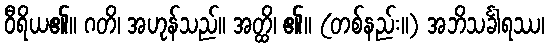
ဝီရိယ၏။ ဂတိ၊ အဟုန်သည်။ အတ္ထိ၊ ၏။ (တစ်နည်း။) အဘိသင်္ခါရဿ၊